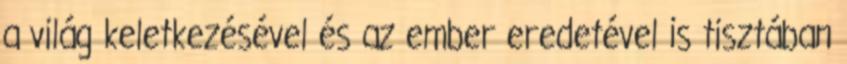
a világ keletkezésével és az ember eredetével is tisztában